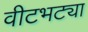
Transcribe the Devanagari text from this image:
वीटभट्या